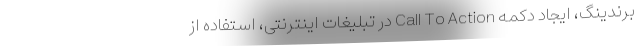
برندینگ، ایجاد دکمه Call To Action در تبلیغات اینترنتی، استفاده از